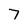
Character: 7